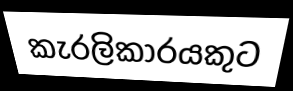
කැරලිකාරයකුට